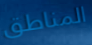
المناطق